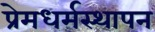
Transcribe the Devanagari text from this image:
प्रेमधर्मस्थापन